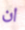
ان